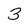
Character: 3